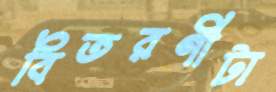
বিতরণীটা